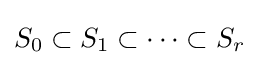
S_{0}\subset S_{1}\subset \dots \subset S_{r}